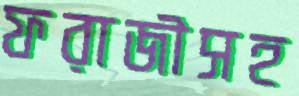
ফরাজীসহ